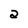
Character: 2